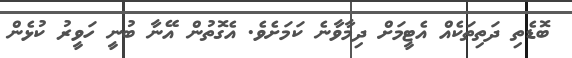
ބޮޑެތި ދަތިތަކެއް އެޓީމަށް ދިމާވާނެ ކަމަށެވެ. އެގޮތުން އޭނާ ބުނީ ހަވީރު ކުޅެން